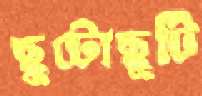
ছুটোছুটি